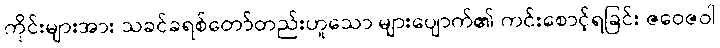
ကိုင်းများအား သခင်ခရစ်တော်တည်းဟူသော များပျောက်၏ ကင်းစောင့်ရခြင်း ဇဝေဇဝါ